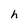
Character: h